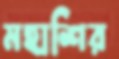
মহাশির